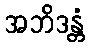
အဘိဒန္တံ